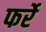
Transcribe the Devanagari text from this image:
फर्रे